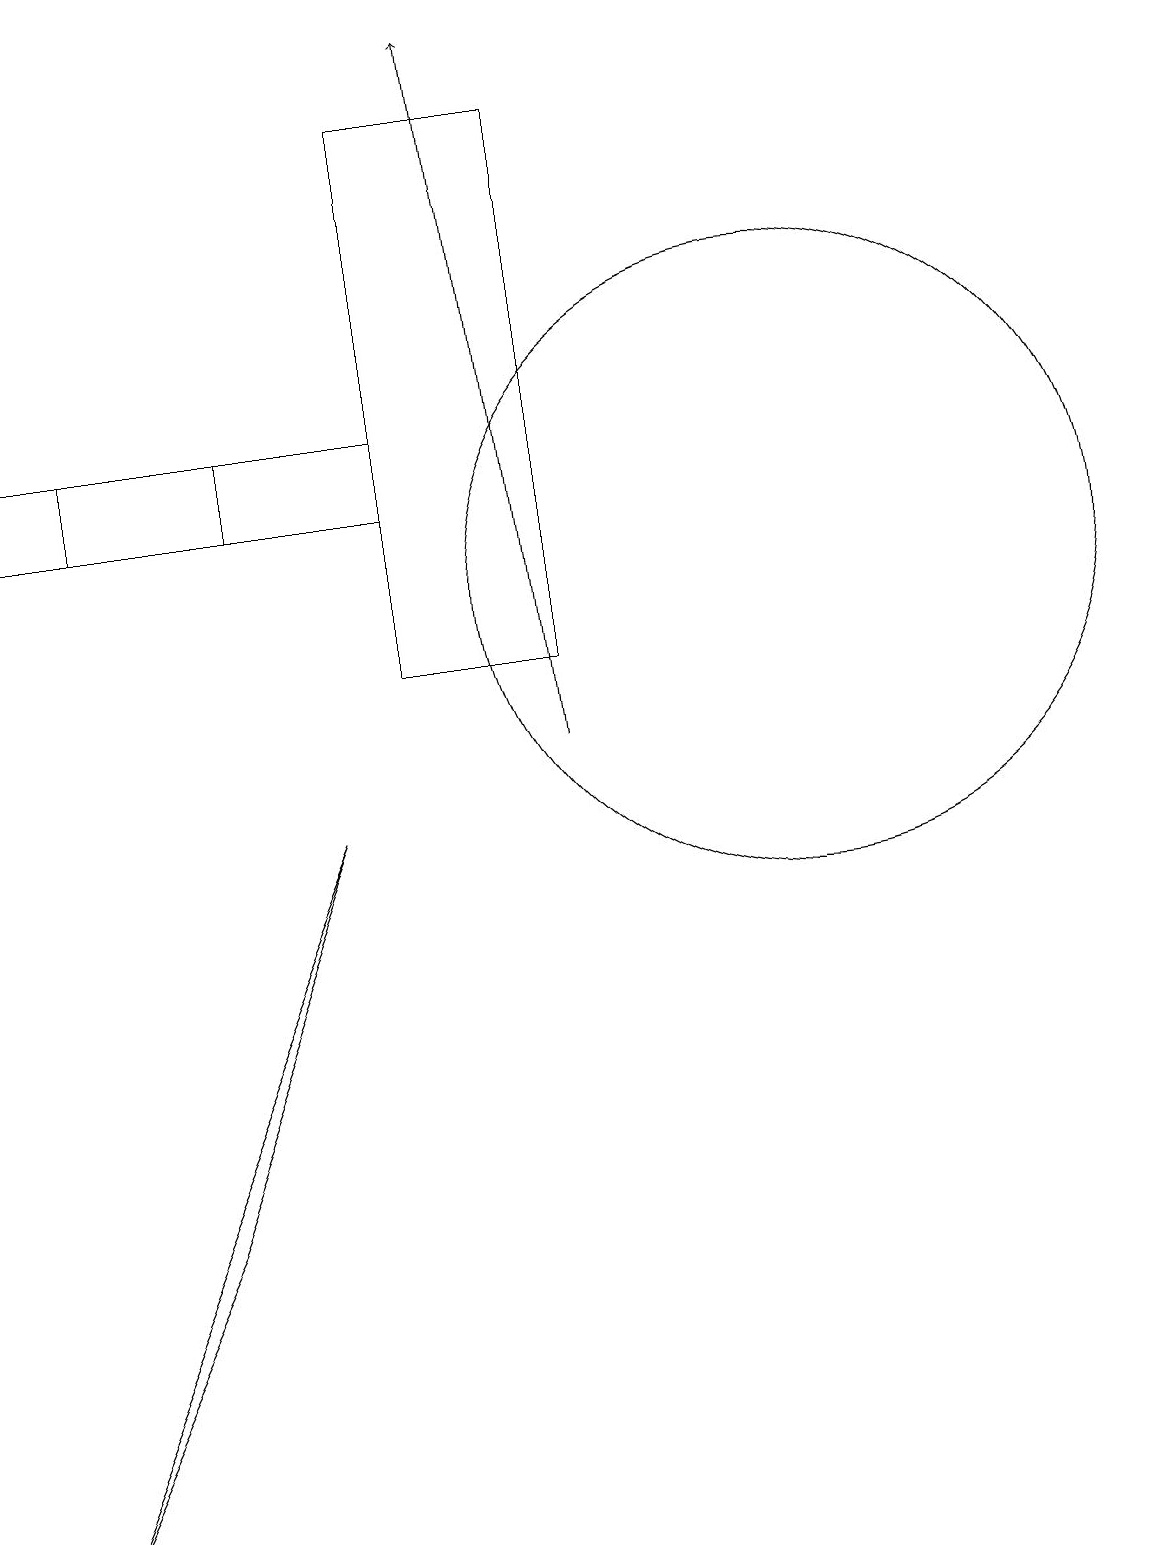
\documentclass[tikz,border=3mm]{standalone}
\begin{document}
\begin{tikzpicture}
\draw (10,12) circle (4);
\draw (7,18) rectangle (5,11);
\draw[->] (7,10) -- (6,19);
\draw (2,4) -- (0,0) -- (4,9) -- cycle;
\draw (5,13) rectangle (1,14);
\draw (3,13) rectangle (0,14);
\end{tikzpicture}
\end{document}